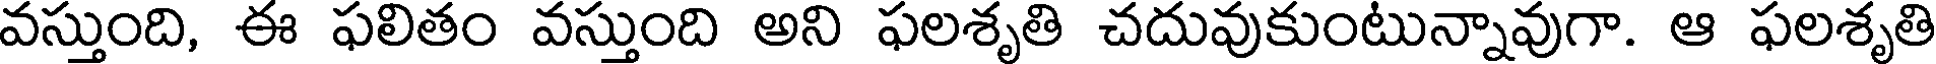
వస్తుంది, ఈ ఫలితం వస్తుంది అని ఫలశృతి చదువుకుంటున్నావుగా. ఆ ఫలశృతి